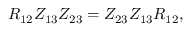
R _ { 1 2 } Z _ { 1 3 } Z _ { 2 3 } = Z _ { 2 3 } Z _ { 1 3 } R _ { 1 2 } , \quad